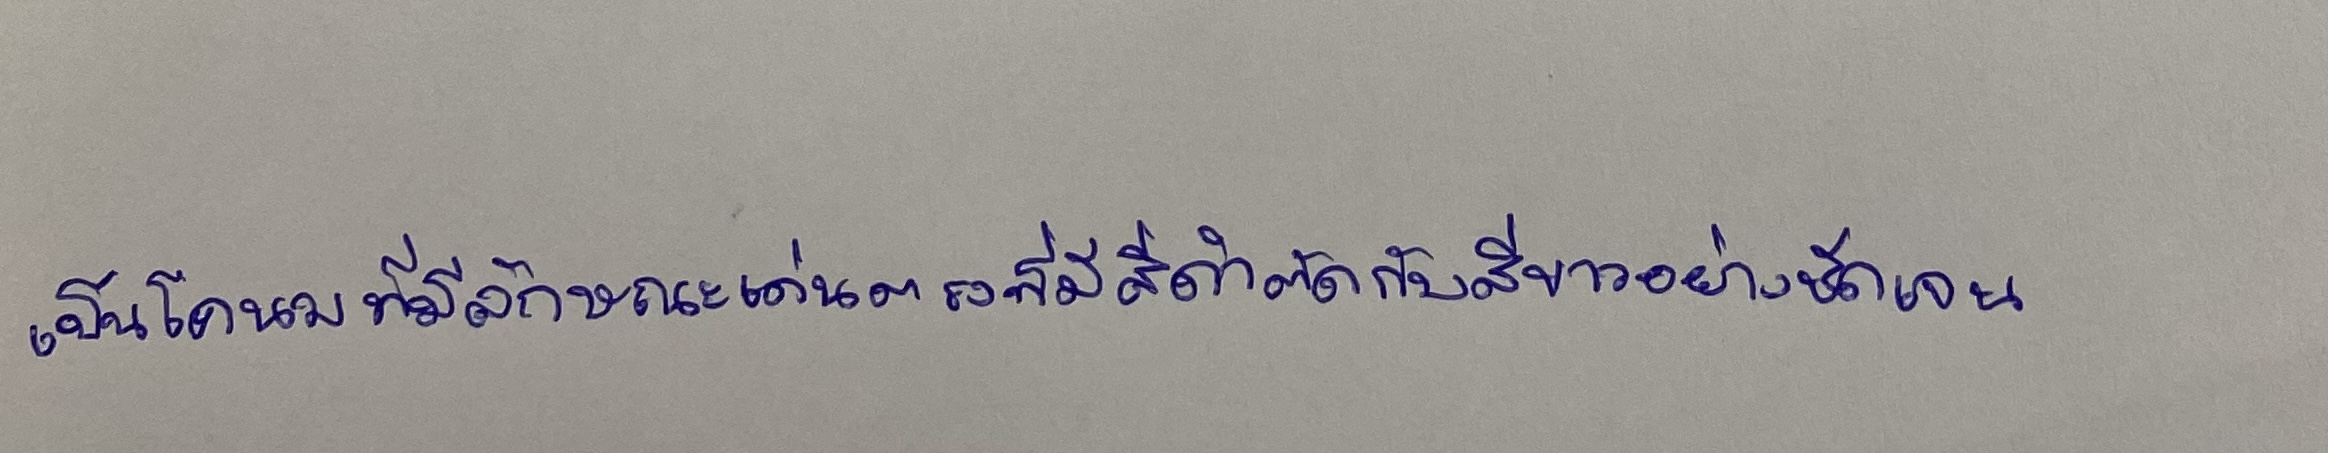
เป็นโคนมที่มีลักษณะเด่นตรงที่มีสีดำตัดกับสีขาวอย่างชัดเจน